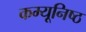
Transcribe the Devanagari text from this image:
कम्यूनिष्ठ